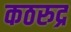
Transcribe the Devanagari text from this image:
कठरुद्र